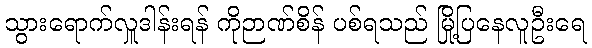
သွားရောက်လှူဒါန်းရန် ကိုဉာဏ်စိန် ပစ်ရသည် မြို့ပြနေလူဦးရေ